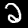
Label: 2